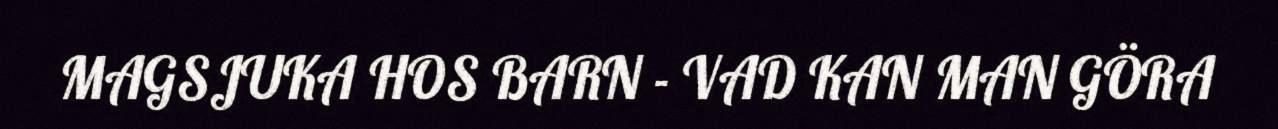
MAGSJUKA HOS BARN - VAD KAN MAN GÖRA